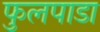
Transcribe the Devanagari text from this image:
फुलपाडा